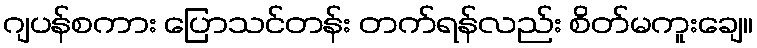
ဂျပန်စကား ပြောသင်တန်း တက်ရန်လည်း စိတ်မကူးချေ။